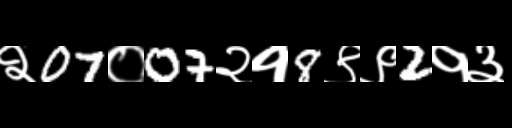
Text: २07०07२१8९९2१३